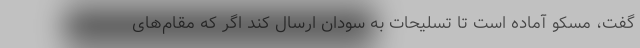
گفت، مسکو آماده است تا تسلیحات به سودان ارسال کند اگر که مقام‌های